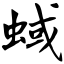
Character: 蜮